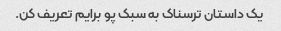
یک داستان ترسناک به سبک پو برایم تعریف کن.